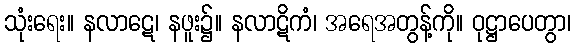
သုံးရေး။ နလာဋေ၊ နဖူး၌။ နလာဋိကံ၊ အရေအတွန့်ကို။ ဝုဋ္ဌာပေတွာ၊